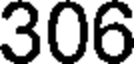
306